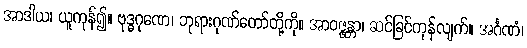
အာဒါယ၊ ယူကုန်၍။ ဗုဒ္ဓဂုဏေ၊ ဘုရားဂုဏ်တော်တို့ကို။ အာဝဇ္ဇန္တာ၊ ဆင်ခြင်ကုန်လျက်။ အင်္ဂဏံ၊